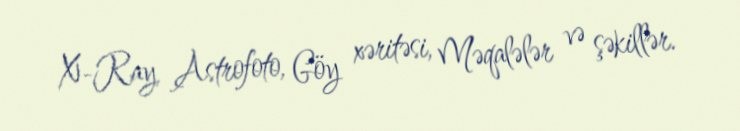
X-Ray, Astrofoto, Göy xəritəsi, Məqalələr və şəkillər.